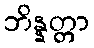
ဘိန္နတ္တာ